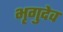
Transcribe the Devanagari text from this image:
भृगुदेव